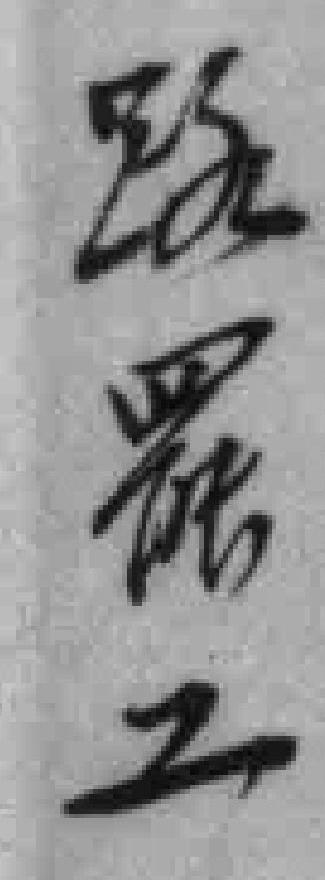
路罷工